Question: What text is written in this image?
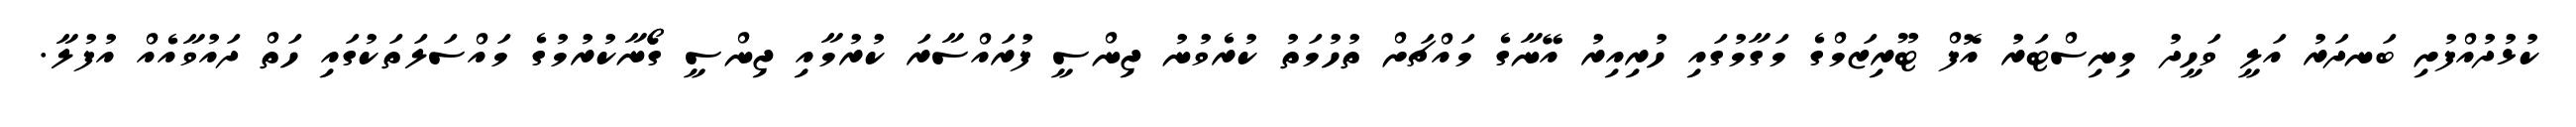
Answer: ކުޅުދުއްފުށި ބަނދަރު އަލީ ވަހީދު މިނިސްޓަރު އޮފް ޓޫރިޒަމްގެ މަގާމުގައި ހުރިއިރު އޭނާގެ މައްޗަށް ތުހުމަތު ކުރެވުނު ޖިންސީ ފުރައްސާރަ ކުރުމާއި ޖިންސީ ގޯޯނާކުރުމުގެ މައްސަލަތަކުގައި ހަތް ދައުވާއެއް އުފުލާ.